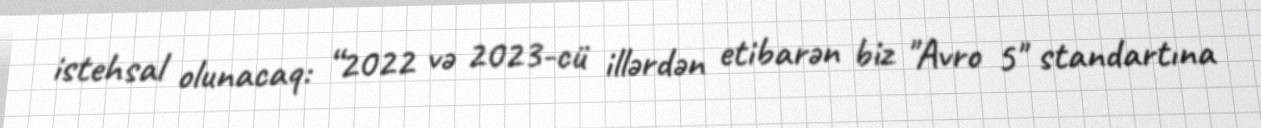
istehsal olunacaq: “2022 və 2023-cü illərdən etibarən biz "Avro 5" standartına